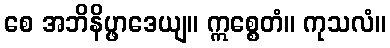
စေ အဘိနိပ္ဖာဒေယျ။ ဣစ္စေတံ။ ကုသလံ။